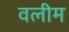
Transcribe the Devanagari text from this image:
वलीम